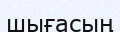
шығасың